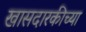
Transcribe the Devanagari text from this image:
खासदारकीच्या